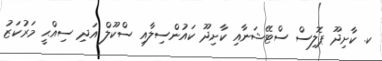
ކ. ކާށިދޫ ޕޮލިސް ސްޓޭޝަނާއި ކާށިދޫ ކައުންސިލާއި ސްކޫލް އަދި ސިއްޙީ މަރުކަޒު